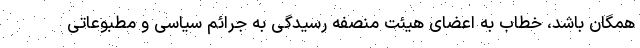
همگان باشد، خطاب به اعضای هیئت منصفه رسیدگی به جرائم سیاسی و مطبوعاتی